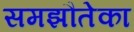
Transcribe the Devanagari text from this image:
समझौतेका